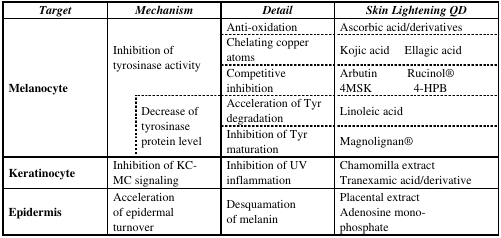
| Target | <COLSPAN=2> Mechanism | Detail | <COLSPAN=2> Skin Lightening QD |
 | --- | --- | --- | --- | --- | --- |
 | <ROWSPAN=6> Melanocyte | <ROWSPAN=4-COLSPAN=2> Inhibition of tyrosinase activity | Anti-oxidation | <COLSPAN=2> Ascorbic acid/derivatives |
 | Chelating copper atoms | Kojic acid | Ellagic acid |
 | <ROWSPAN=2> Competitive inhibition | Arbutin | Rucinol® |
 | 4MSK | 4-HPB |
 | <ROWSPAN=2>  | <ROWSPAN=2> Decrease of tyrosinase protein level | Acceleration of Tyr degradation | <COLSPAN=2> Linoleic acid |
 | Inhibition of Tyr maturation | <COLSPAN=2> Magnolignan® |
 | Keratinocyte | <COLSPAN=2> Inhibition of KC-MC signaling | Inhibition of UV inflammation | <COLSPAN=2> Chamomilla extract Tranexamic acid/derivative |
 | Epidermis | <COLSPAN=2> Acceleration of epidermal turnover | Desquamation of melanin | <COLSPAN=2> Placental extractAdenosine mono-phosphate |